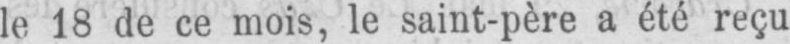
le 18 de ce mois, le saint-père a été reçu